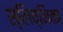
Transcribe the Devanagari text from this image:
स्लिव्निका